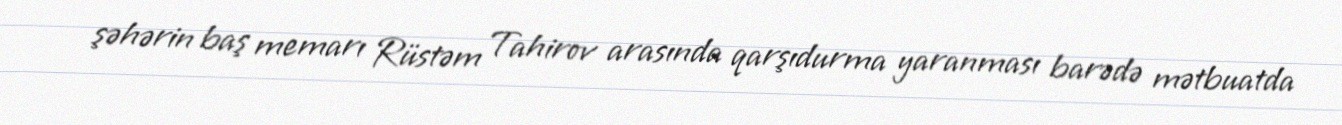
şəhərin baş memarı Rüstəm Tahirov arasında qarşıdurma yaranması barədə mətbuatda